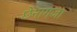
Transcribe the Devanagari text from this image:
छेनागजा